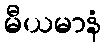
မီယမာနံ